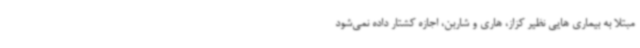
مبتلا به بیماری هایی نظیر کزاز، هاری و شاربن، اجازه کشتار داده نمی‌شود